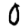
Digit: 0